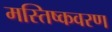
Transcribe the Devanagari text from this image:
मस्तिष्कवरण